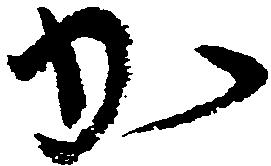
か